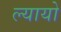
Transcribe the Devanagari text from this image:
ल्यायो